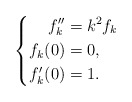
\begin{align*} \left\{ \begin{aligned} f_k'' &= k^2f_k \\ f_k(0) &= 0, \\ f_k'(0) &= 1. \end{aligned}\right. \end{align*}